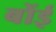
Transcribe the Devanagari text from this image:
बोंई